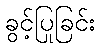
ခွင့်ပြုခြင်း